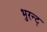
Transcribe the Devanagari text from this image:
भुरन्ट्